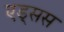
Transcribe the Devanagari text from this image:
एड्सस